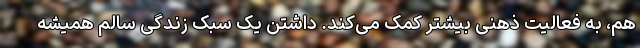
هم، به فعالیت ذهنی بیشتر کمک می‌کند. داشتن یک سبک زندگی سالم همیشه